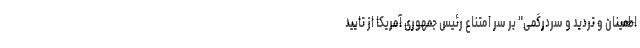
اطمینان و تردید و سردرگمی" بر سر امتناع رئیس جمهوری آمریکا از تایید